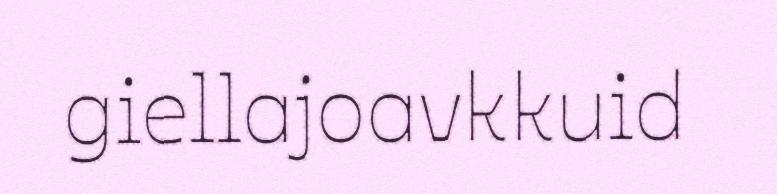
giellajoavkkuid